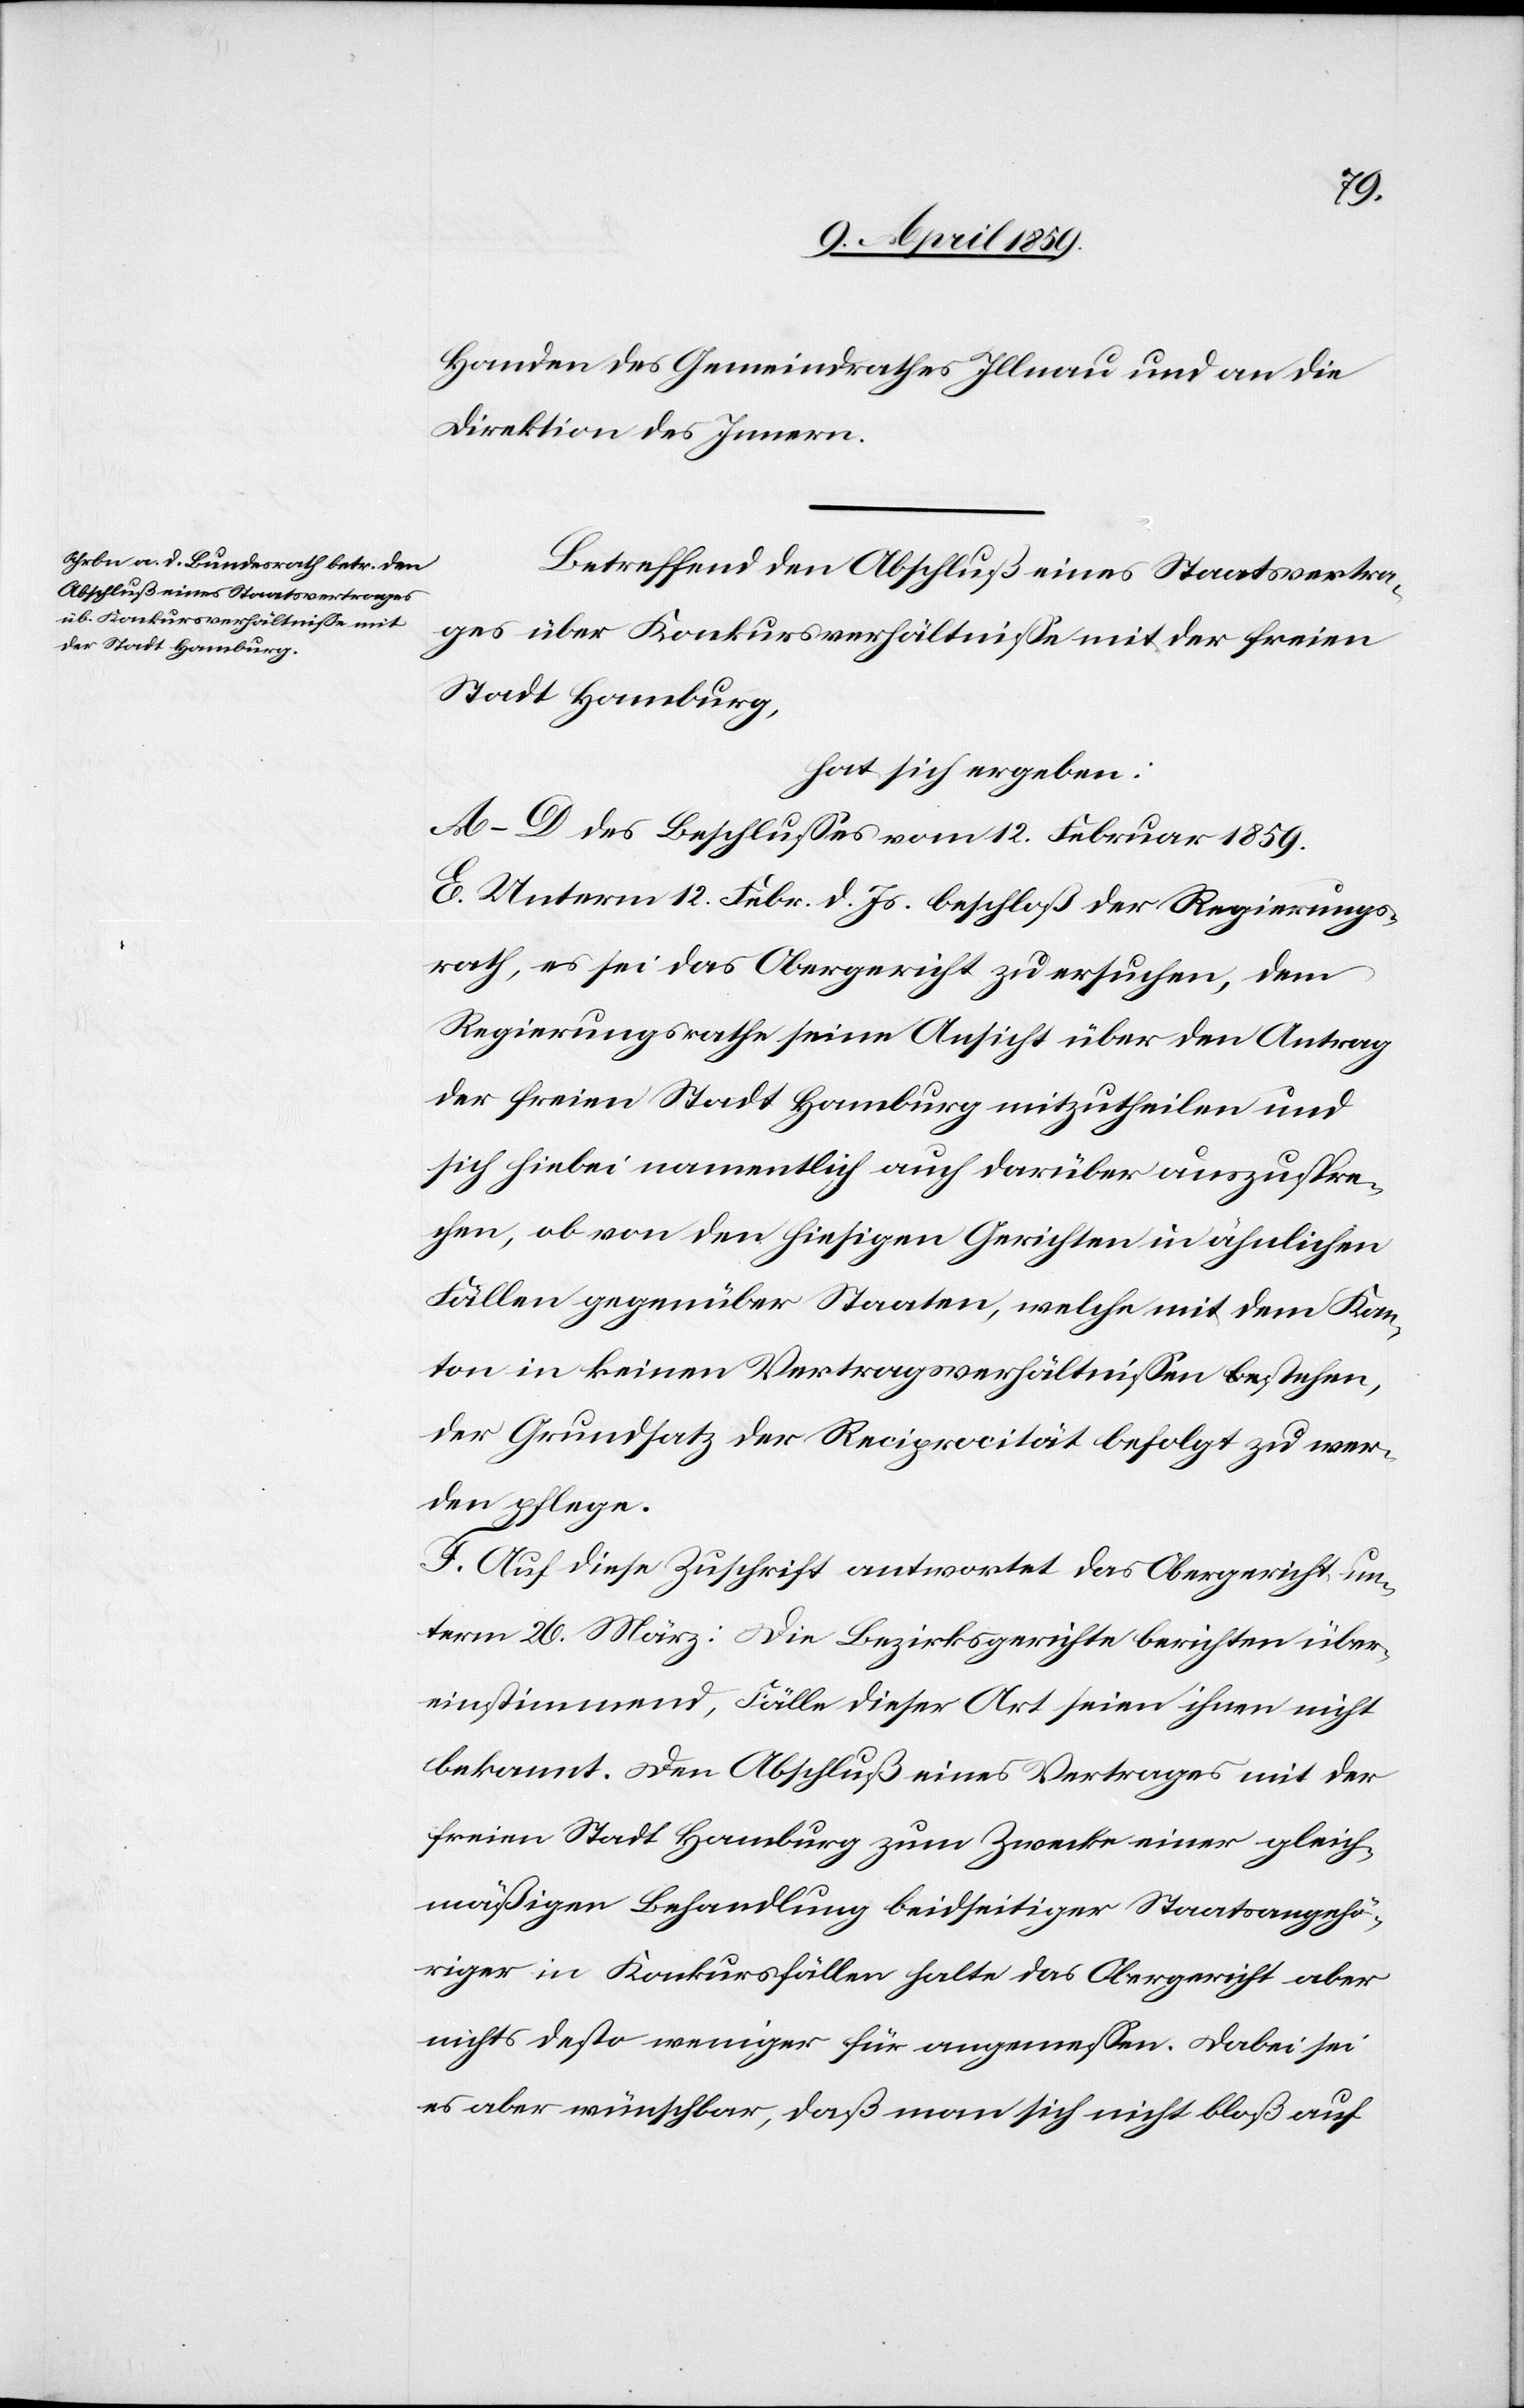
Handen des Gemeindrathes Illnau und an die
Direktion des Innern.
Betreffend den Abschluß eines Staatsvertra¬
ges über Konkursverhältniße mit der freien
Stadt Hamburg,
hat sich ergeben:
A–D des Beschlußes vom 12. Februar 1859.
E. Unterm 12. Febr. d. Js. beschloß der Regierungs¬
rath, es sei das Obergericht zu ersuchen, dem
Regierungsrathe seine Ansicht über den Antrag
der freien Stadt Hamburg mitzutheilen und
sich hiebei namentlich auch darüber auszuspre¬
chen, ob von den hiesigen Gerichten in ähnlichen
Fällen gegenüber Staaten, welche mit dem Kan¬
ton in keinen Vertragsverhältnißen stehen,
der Grundsatz der Reciprocität befolgt zu wer¬
den pflege.
F. Auf diese Zuschrift antwortet das Obergericht un¬
term 26. März: Die Bezirksgerichte berichten über¬
einstimmend, Fälle dieser Art seien ihnen nicht
bekannt. Den Abschluß eines Vertrages mit der
freien Stadt Hamburg zum Zweck einer gleich¬
mäßigen Behandlung beidseitiger Staatsangehö¬
riger in Konkursfällen halte das Obergericht aber
nichts desto weniger für angemeßen. Dabei sei
es aber wünschbar, daß man sich nicht bloß auf